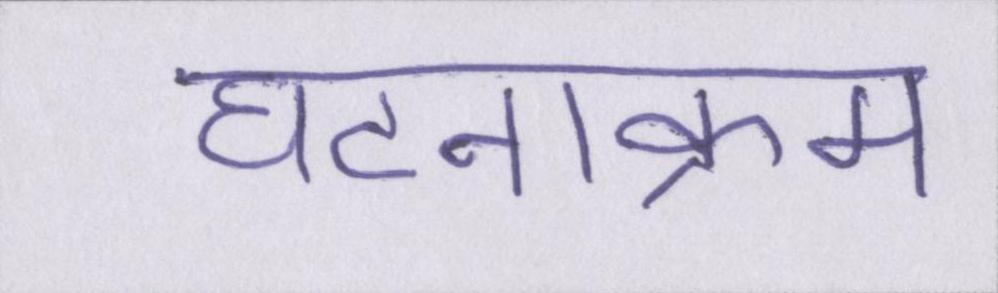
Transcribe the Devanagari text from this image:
घटनाक्रम